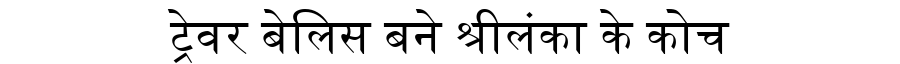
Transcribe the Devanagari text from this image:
ट्रेवर बेलिस बने श्रीलंका के कोच